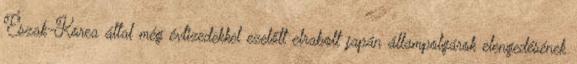
Észak-Korea által még évtizedekkel ezelőtt elrabolt japán állampolgárok elengedésének